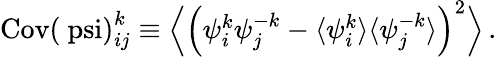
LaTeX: \begin{array}{r}{\mathrm{Cov(\ psi)}_{ij}^{k}\equiv\Big\langle\Big({\psi}_{i}^{k}{\psi}_{j}^{-k}-\langle{\psi}_{i}^{k}\rangle\langle{\psi}_{j}^{-k}\rangle\Big)^{2}\Big\rangle\, .}\end{array}